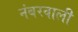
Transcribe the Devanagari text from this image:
नंबरवाली